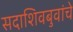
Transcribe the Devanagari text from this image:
सदाशिवबुवांचे